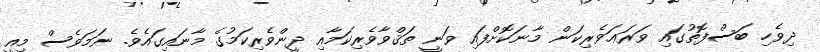
ދިވެހި ބަސްފޮތުގައި ވަރަޢަވެރިކަން މާނަކޮށްފައި ވަނީ ތަޤްވާވެރިކަމާއި ދީންވެރިކަމުގެ މާނައިގައެވެ. ނަމަވެސް މިއީ